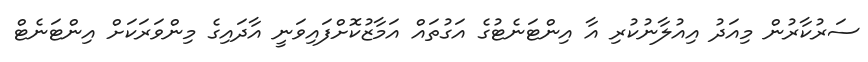
ސަރުކާރުން މިއަދު އިއުލާނުކުރި އާ އިންޓަނެޓުގެ އަގުތައް އަމާޒުކޮށްފައިވަނީ އާދައިގެ މިންވަރަކަށް އިންޓަނެޓް